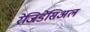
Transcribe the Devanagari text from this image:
रेजिडेंसिअल